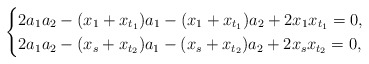
\begin{align*}\begin{cases}2a_1a_2-(x_1+x_{t_1})a_1-(x_1+x_{t_1})a_2+2x_1x_{t_1}=0,\\2a_1a_2-(x_s+x_{t_2})a_1-(x_s+x_{t_2})a_2+2x_sx_{t_2}=0,\end{cases}\end{align*}